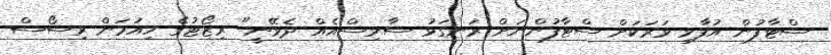
ސްޓާފުން އުފާވި ވަރަކަށް ސްޓާފުންނަށް ރަނގަޅު ސާވިސްއެއް ދެވޭނީ" ރިޒޯޓުގެ ހިއުމަން ރިސޯސް